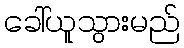
ခေါ်ယူသွားမည်